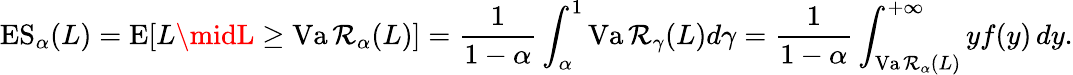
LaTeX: \operatorname{ES}_{\alpha}(L)=\operatorname{E}[L\midL\geq\operatorname{Va\mathcal{R}}_{\alpha}(L)]={\frac{{1}}{{1-\alpha}}}\int_{\alpha}^{1}\operatorname{Va\mathcal{R}}_{\gamma}(L)d\gamma={\frac{{1}}{{1-\alpha}}}\int_{\operatorname{Va\mathcal{R}}_{\alpha}(L)}^{+\infty}yf(y)\, dy.